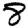
Digit: 8